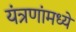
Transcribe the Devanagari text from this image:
यंत्रणांमध्ये